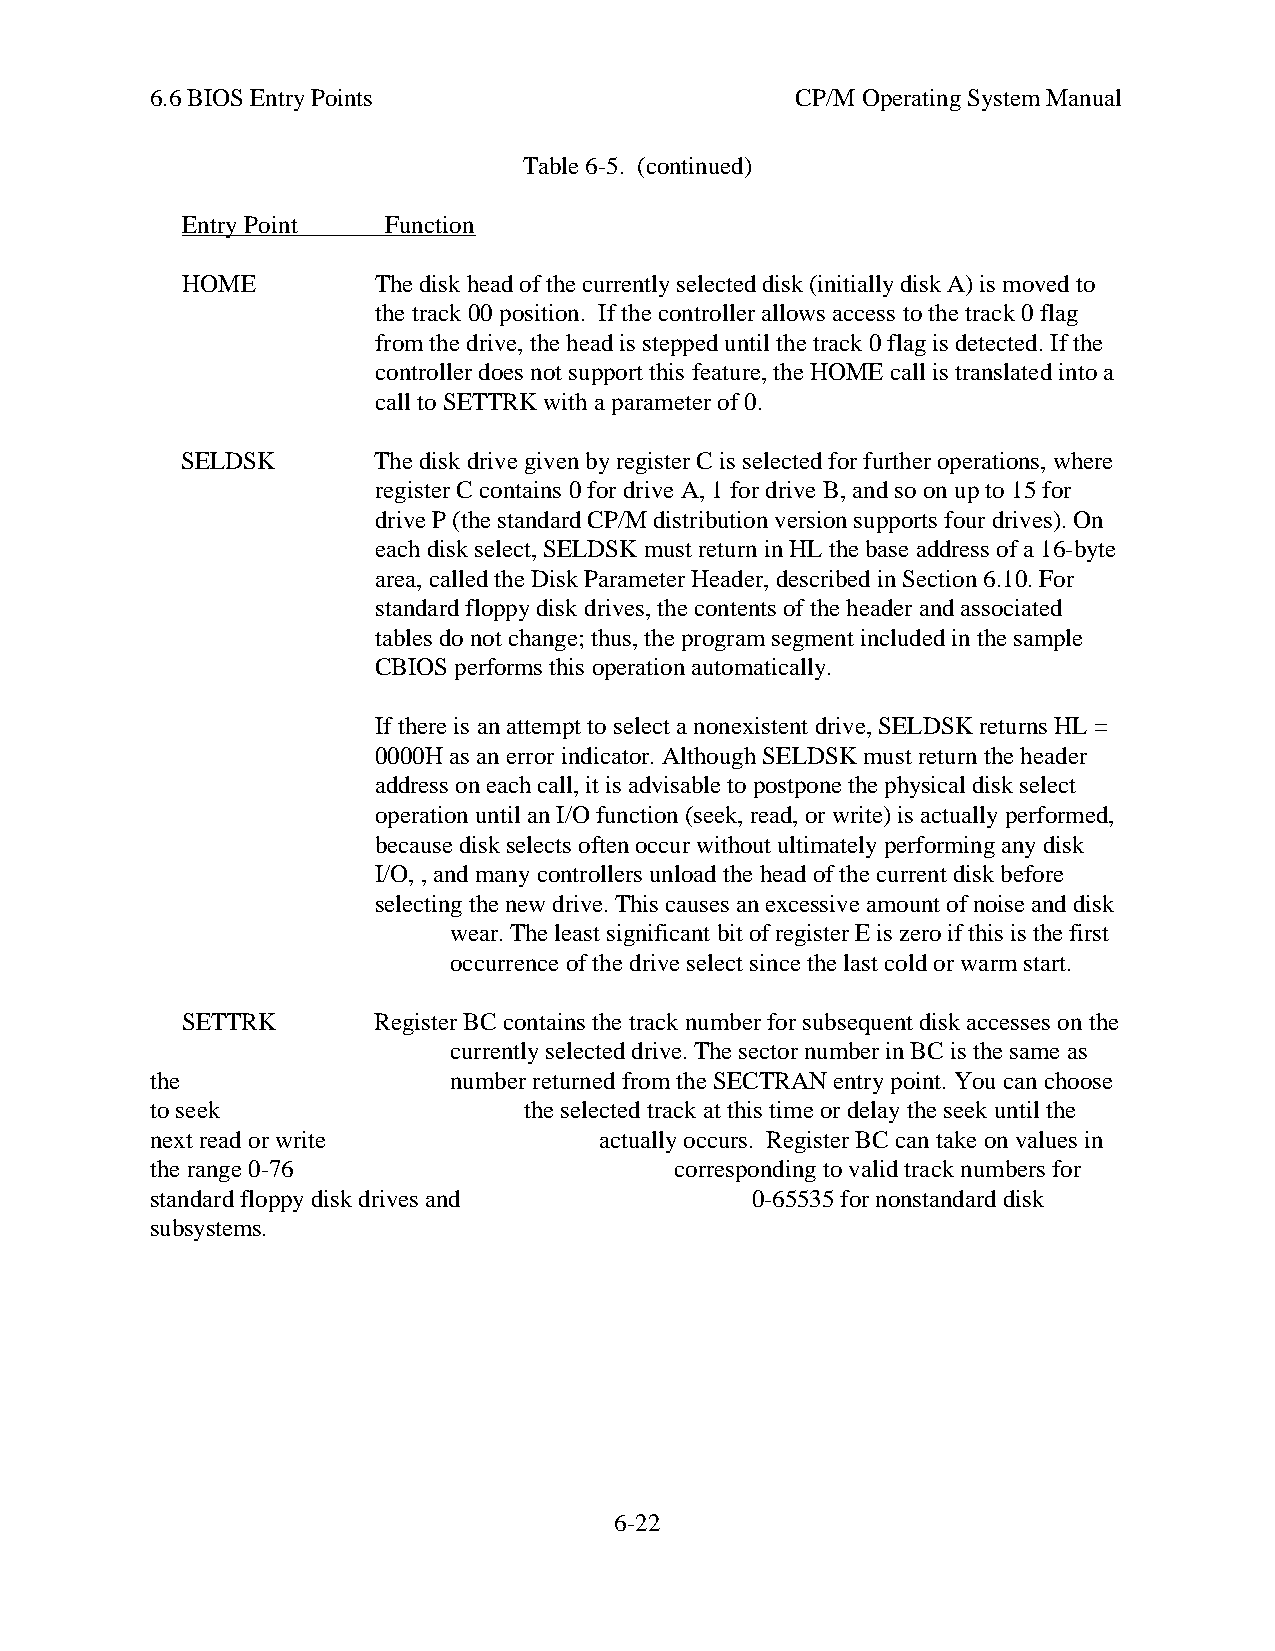
6.6 BIOS Entry Points                      CP/M Operating System Manual
 Table 6-5. (continued)
 Entry Point   Function
 HOME         The disk head of the currently selected disk (initially disk A) is moved to
 the track 00 position. If the controller allows access to the track 0 flag
 from the drive, the head is stepped until the track 0 flag is detected. If the
 controller does not support this feature, the HOME call is translated into a
 call to SETTRK with a parameter of 0.
 SELDSK       The disk drive given by register C is selected for further operations, where
 register C contains 0 for drive A, 1 for drive B, and so on up to 15 for
 drive P (the standard CP/M distribution version supports four drives). On
 each disk select, SELDSK must return in HL the base address of a 16-byte
 area, called the Disk Parameter Header, described in Section 6.10. For
 standard floppy disk drives, the contents of the header and associated
 tables do not change; thus, the program segment included in the sample
 CBIOS performs this operation automatically.
 If there is an attempt to select a nonexistent drive, SELDSK returns HL =
 0000H as an error indicator. Although SELDSK must return the header
 address on each call, it is advisable to postpone the physical disk select
 operation until an I/O function (seek, read, or write) is actually performed,
 because disk selects often occur without ultimately performing any disk
 I/O, , and many controllers unload the head of the current disk before
 selecting the new drive. This causes an excessive amount of noise and disk
 wear. The least significant bit of register E is zero if this is the first
 occurrence of the drive select since the last cold or warm start.
 SETTRK       Register BC contains the track number for subsequent disk accesses on the
 currently selected drive. The sector number in BC is the same as
 the                 number returned from the SECTRAN entry point. You can choose
 to seek                  the selected track at this time or delay the seek until the
 next read or write            actually occurs. Register BC can take on values in
 the range 0-76                     corresponding to valid track numbers for
 standard floppy disk drives and         0-65535 for nonstandard disk
 subsystems.
 6-22